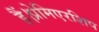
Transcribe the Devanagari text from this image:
हैं।प्रेमिएरशिप